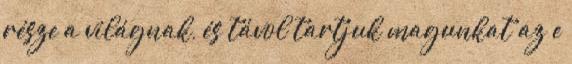
része a világnak, és távol tartjuk magunkat az e